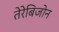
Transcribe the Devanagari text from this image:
तेरेबिजोन